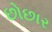
છોછાર